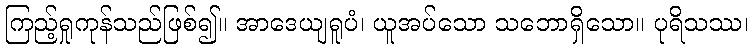
ကြည့်ရှုကုန်သည်ဖြစ်၍။ အာဒေယျရူပံ၊ ယူအပ်သော သဘောရှိသော။ ပုရိသဿ၊